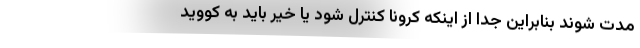
مدت شوند بنابراین جدا از اینکه کرونا کنترل شود یا خیر باید به کووید